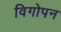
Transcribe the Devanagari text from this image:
विगोपन